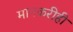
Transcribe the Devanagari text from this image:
मानकरीही